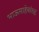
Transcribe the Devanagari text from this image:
भाऊसाहेबांसह